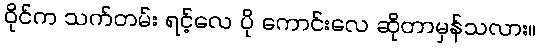
ဝိုင်က သက်တမ်း ရင့်လေ ပို ကောင်းလေ ဆိုတာမှန်သလား။